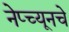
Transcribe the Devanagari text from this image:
नेप्च्यूनचे